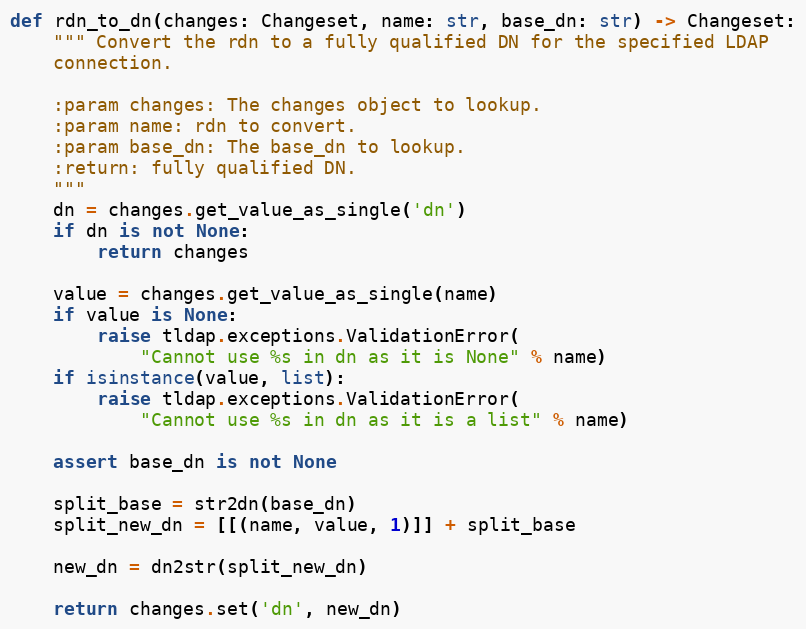
Language: Python
def rdn_to_dn(changes: Changeset, name: str, base_dn: str) -> Changeset:
    """ Convert the rdn to a fully qualified DN for the specified LDAP
    connection.

    :param changes: The changes object to lookup.
    :param name: rdn to convert.
    :param base_dn: The base_dn to lookup.
    :return: fully qualified DN.
    """
    dn = changes.get_value_as_single('dn')
    if dn is not None:
        return changes

    value = changes.get_value_as_single(name)
    if value is None:
        raise tldap.exceptions.ValidationError(
            "Cannot use %s in dn as it is None" % name)
    if isinstance(value, list):
        raise tldap.exceptions.ValidationError(
            "Cannot use %s in dn as it is a list" % name)

    assert base_dn is not None

    split_base = str2dn(base_dn)
    split_new_dn = [[(name, value, 1)]] + split_base

    new_dn = dn2str(split_new_dn)

    return changes.set('dn', new_dn)